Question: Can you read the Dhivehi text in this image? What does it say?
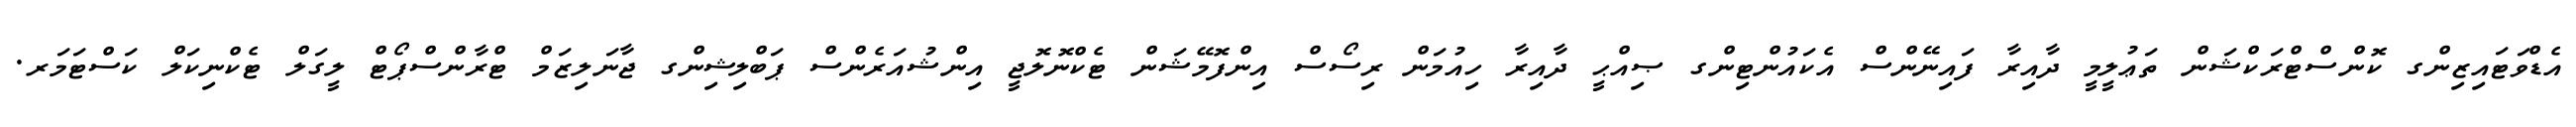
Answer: އެޑްވަޓައިޒިންގ ކޮންސްޓްރަކްޝަން ތަޢުލީމީ ދާއިރާ ފައިނޭންސް އެކައުންޓިންގ ޞިއްޙީ ދާއިރާ ހިއުމަން ރިސޯސް އިންފޮމޭޝަން ޓެކްނޮލޮޖީ އިންޝުއަރެންސް ޕަބްލިޝިންގ ޖާނަލިޒަމް ޓްރާންސްޕޯޓް ލީގަލް ޓެކްނިކަލް ކަސްޓަމަރ.